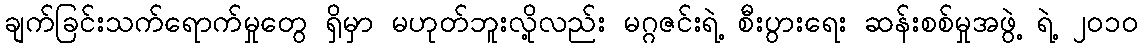
ချက်ခြင်းသက်ရောက်မှုတွေ ရှိမှာ မဟုတ်ဘူးလို့လည်း မဂ္ဂဇင်းရဲ့ စီးပွားရေး ဆန်းစစ်မှုအဖွဲ့ ရဲ့ ၂၀၁၀